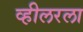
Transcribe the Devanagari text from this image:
व्हीलरला